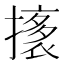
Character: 𭢟